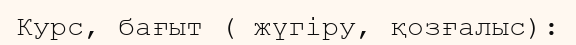
Курс, бағыт ( жүгіру, қозғалыс):